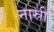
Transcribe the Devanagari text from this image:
नास्री